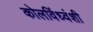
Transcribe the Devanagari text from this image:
कोलविंध्वंशी